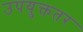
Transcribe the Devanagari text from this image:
उपयुक्ततर